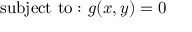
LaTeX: { \mathrm { s u b j e c t ~ t o : } } \ g ( x , y ) = 0